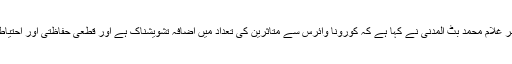
سرینگر//جمعیت اہلحدیث کے صدر پروفیسر غلام محمد بٹ المدنی نے کہا ہے کہ کورونا وائرس سے متاثرین کی تعداد میں اضافہ تشویشناک ہے اور قطعی حفاظتی اور احتیاطی اقدامات سے پہلو تہی نہیں کرنی چاہیے۔